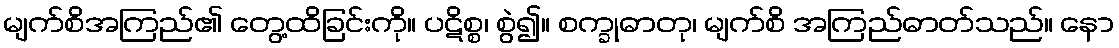
မျက်စိအကြည်၏ တွေ့ထိခြင်းကို။ ပဋိစ္စ၊ စွဲ၍။ စက္ခုဓာတု၊ မျက်စိ အကြည်ဓာတ်သည်။ နော